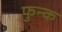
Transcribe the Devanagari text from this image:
फुन्क